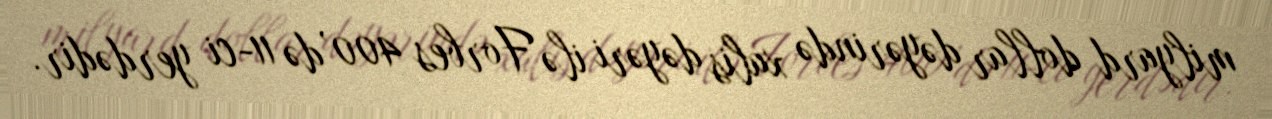
milyard dollar dəyərində xalis dəyəri ilə Forbes 400’də 11-ci yerdədir.